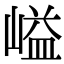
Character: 𡺬